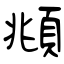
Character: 頫